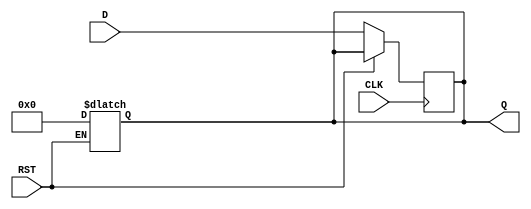
module DataRegister #(parameter WIDTH = 8) (
    input  wire [WIDTH-1:0] D,    // Data Input
    input  wire CLK,               // Clock Input
    input  wire RST,               // Reset Input
    output reg  [WIDTH-1:0] Q      // Data Output
);

    // Asynchronous reset
    always @(*) begin
        if (RST) begin
            Q <= 0; // Clear all bits to 0 on reset
        end
    end

    // Capture data on rising edge of clock
    always @(posedge CLK) begin
        if (!RST) begin
            Q <= D; // Store input data on clock edge
        end
    end

endmodule